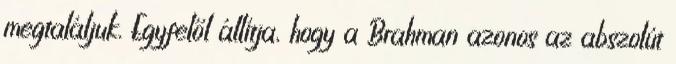
megtaláljuk. Egyfelől állítja, hogy a Brahman azonos az abszolút